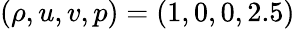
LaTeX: \left(\rho,u,v,p\right)=\left(1,0,0,2.5\right)